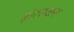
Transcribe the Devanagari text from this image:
इंटरप्ट्स